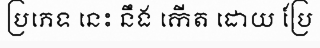
ប្រភេទ នេះ នឹង កើត ដោយ ប្រែ